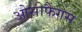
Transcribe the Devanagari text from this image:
ओसोफैगस